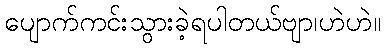
ပျောက်ကင်းသွားခဲ့ရပါတယ်ဗျာ၊ဟဲဟဲ။